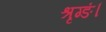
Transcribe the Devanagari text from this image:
श्रृग्ङं।